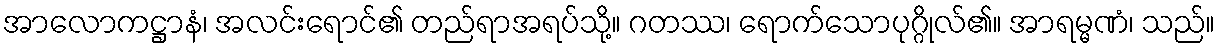
အာလောကဋ္ဌာနံ၊ အလင်းရောင်၏ တည်ရာအရပ်သို့။ ဂတဿ၊ ရောက်သောပုဂ္ဂိုလ်၏။ အာရမ္မဏံ၊ သည်။